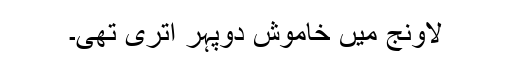
لاونج میں خاموش دوپہر اتری تھی۔